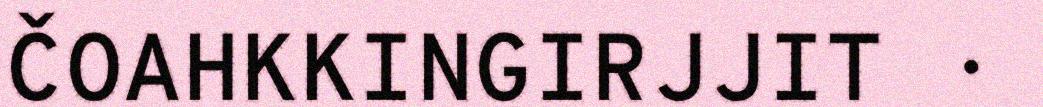
ČOAHKKINGIRJJIT ·